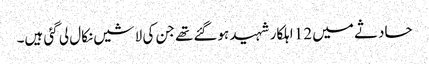
حادثے میں 12 اہلکار شہید ہوگئےتھے جن کی لاشیں نکال لی گئی ہیں۔